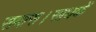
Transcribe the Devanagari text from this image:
समास।साधकें